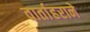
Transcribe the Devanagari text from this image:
वार्ताहराने